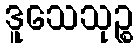
ဒူသေသုဉ္စ